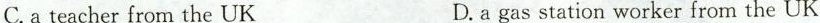
C.a teacher from the UK D. a gas station worker from the UK